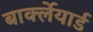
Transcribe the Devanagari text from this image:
बार्क्लेयार्ड